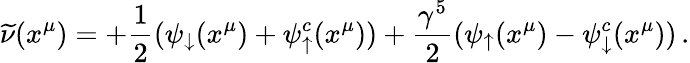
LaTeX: \widetilde\nu(x^{\mu})=+{\frac{1}{2}}(\psi_{\downarrow}(x^{\mu})+\psi_{\uparrow}^{c}(x^{\mu}))+{\frac{\gamma^{5}}{2}}(\psi_{\uparrow}(x^{\mu})-\psi_{\downarrow}^{c}(x^{\mu}))\, .